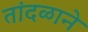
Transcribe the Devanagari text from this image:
तांदळाने